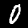
Digit: 0